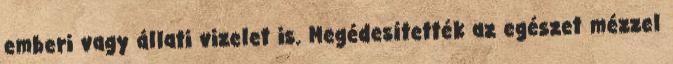
emberi vagy állati vizelet is. Megédesítették az egészet mézzel